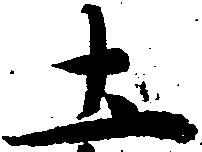
土